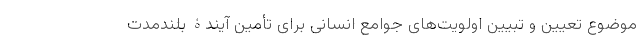
موضوع تعیین و تبیین اولویت‌های جوامع انسانی برای تأمین آیندۀ بلندمدت